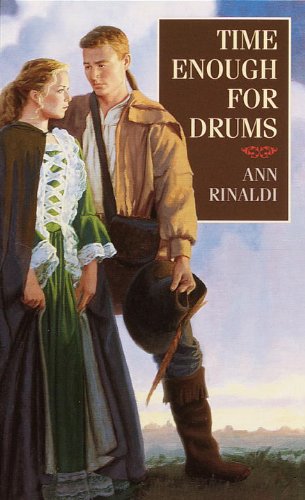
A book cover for Time Enough for Drums; Ann Rinaldi; Teen & Young Adult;